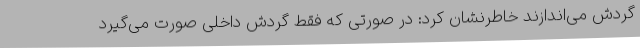
گردش می‌اندازند خاطرنشان کرد: در صورتی که فقط گردش داخلی صورت می‌گیرد